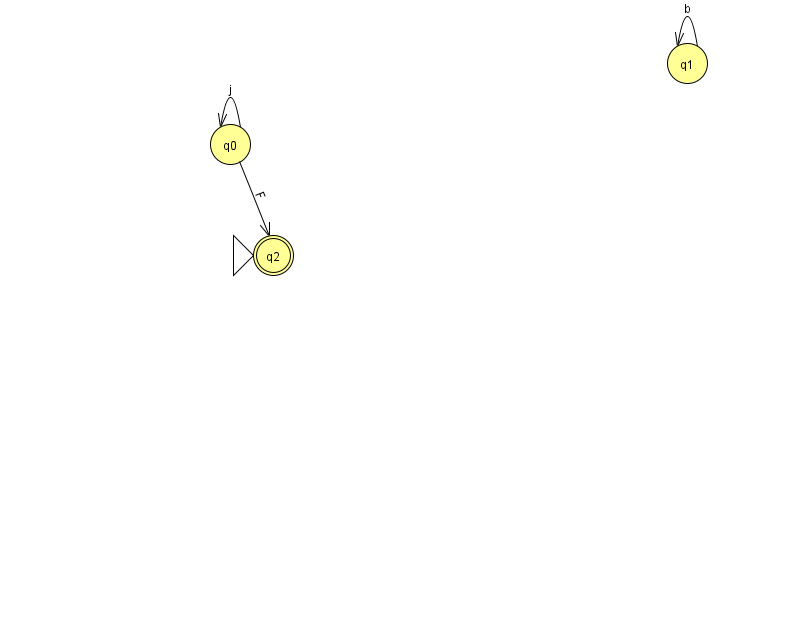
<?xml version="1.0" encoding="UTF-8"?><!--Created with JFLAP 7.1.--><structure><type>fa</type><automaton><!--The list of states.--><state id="0" name="q0"><x>230.0</x><y>131.0</y></state><state id="1" name="q1"><x>687.0</x><y>50.0</y></state><state id="2" name="q2"><x>273.0</x><y>242.0</y><initial/><final/></state><!--The list of transitions.--><transition><from>0</from><to>2</to><read>F</read></transition><transition><from>1</from><to>1</to><read>b</read></transition><transition><from>0</from><to>0</to><read>j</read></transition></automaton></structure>